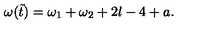
\omega ( \tilde { t } ) = \omega _ { 1 } + \omega _ { 2 } + 2 l - 4 + a .